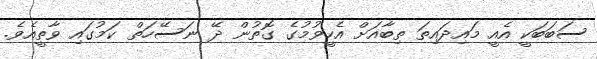
ސަބަބަކީ އެއީ މައިދައިތަ ތިބާއަށް އެހީވުމުގެ ގޮތުން ދޭ ނަސޭހަތް ކަމުގައި ވާތީއެވެ.